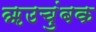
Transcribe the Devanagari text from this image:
ॠउचुंबक